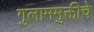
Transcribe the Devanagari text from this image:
गुलाममुक्तीचे